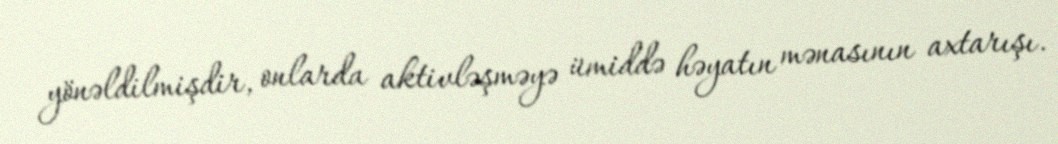
yönəldilmişdir, onlarda aktivləşməyə ümiddə həyatın mənasının axtarışı.